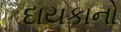
દાયકાનો